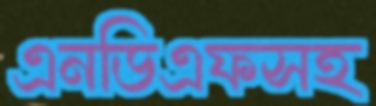
এনডিএফসহ